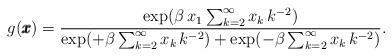
LaTeX: \begin{align*}g(\pmb{x})=\frac{\exp(\beta\,x_1\sum_{k=2}^\infty x_k\,k^{-2})}{ \exp(+\beta\sum_{k=2}^\infty x_k\,k^{-2})+\exp(-\beta\sum_{k=2}^\infty x_k\,k^{-2}) }.\end{align*}